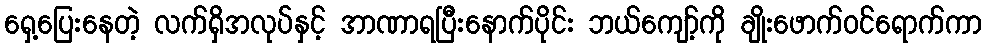
ရှေ့ပြေးနေတဲ့ လက်ရှိအလုပ်နှင့် အာဏာရပြီးနောက်ပိုင်း ဘယ်ကျော့်ကို ချိုးဖောက်ဝင်ရောက်ကာ